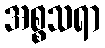
အစ္စသရာ